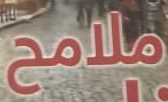
ملامح